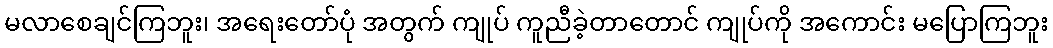
မလာစေချင်ကြဘူး၊ အရေးတော်ပုံ အတွက် ကျုပ် ကူညီခဲ့တာတောင် ကျုပ်ကို အကောင်း မပြောကြဘူး